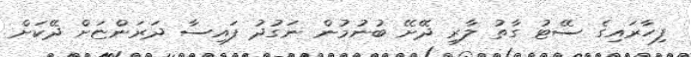
ފިހާރައިގެ ސޭޓު ގާތު ލާރި ދޭށޭ ބުނުމުން ނަގުދު ފައިސާ ދަރަންޏަށް ދޭކަށް